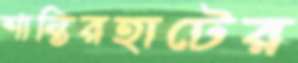
শান্তিরহাটের